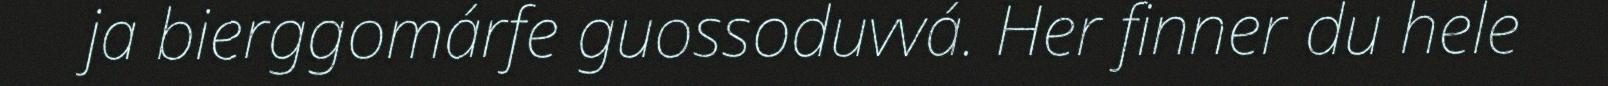
ja bierggomárfe guossoduvvá. Her finner du hele